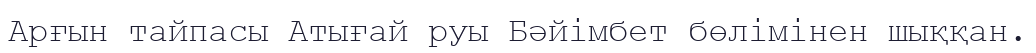
Арғын тайпасы Атығай руы Бәйімбет бөлімінен шыққан.